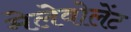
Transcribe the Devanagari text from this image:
मेलेवोलेंट